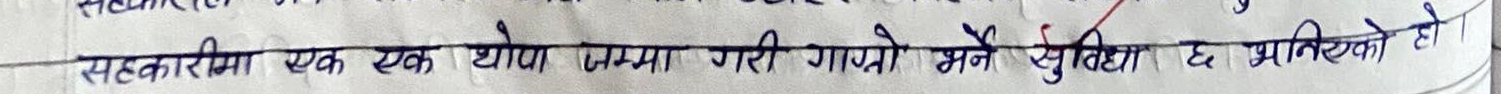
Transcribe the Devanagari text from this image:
सहकारीमा एक एक थोपा जम्मा गरी गाप्रो भन्ने सुविधा छ प्रत्येकको हो।